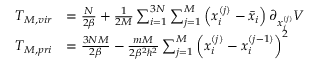
\begin{array} { r l } { T _ { M , v i r } } & { = \frac { N } { 2 \beta } + \frac { 1 } { 2 M } \sum _ { i = 1 } ^ { 3 N } \sum _ { j = 1 } ^ { M } \left( x _ { i } ^ { ( j ) } - \Bar { x } _ { i } \right) \partial _ { x _ { i } ^ { ( j ) } } V } \\ { T _ { M , p r i } } & { = \frac { 3 N M } { 2 \beta } - \frac { m M } { 2 \beta ^ { 2 } \hbar ^ { 2 } } \sum _ { j = 1 } ^ { M } \left( x _ { i } ^ { ( j ) } - x _ { i } ^ { ( j - 1 ) } \right) ^ { 2 } } \end{array}